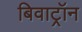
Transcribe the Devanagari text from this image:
बिवाट्रॉन